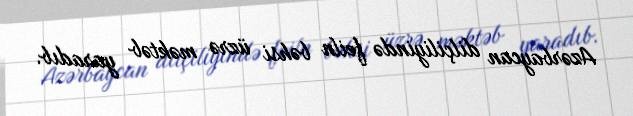
Azərbaycan dilçiliyində feiln bəhsi üzrə məktəb yaradıb.